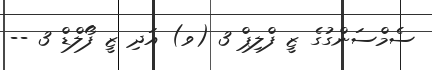
ސެމްސަންގުގެ ޒީ ފްލިޕް 3 (ވ) އަދި ޒީ ފޯލްޑް 3 --